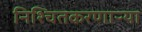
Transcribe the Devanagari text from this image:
निश्चितकरणाऱ्या